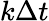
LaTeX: k\Delta t